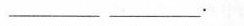
___ ___.